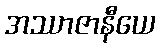
အဿာဇာနီယေ